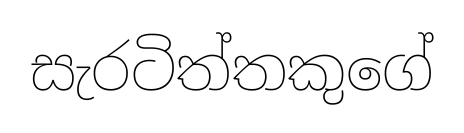
සැරටිත්තකුගේ